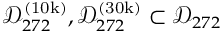
\mathcal { D } _ { 2 7 2 } ^ { ( \mathrm { 1 0 k } ) } , \mathcal { D } _ { 2 7 2 } ^ { ( \mathrm { 3 0 k } ) } \subset \mathcal { D } _ { 2 7 2 }